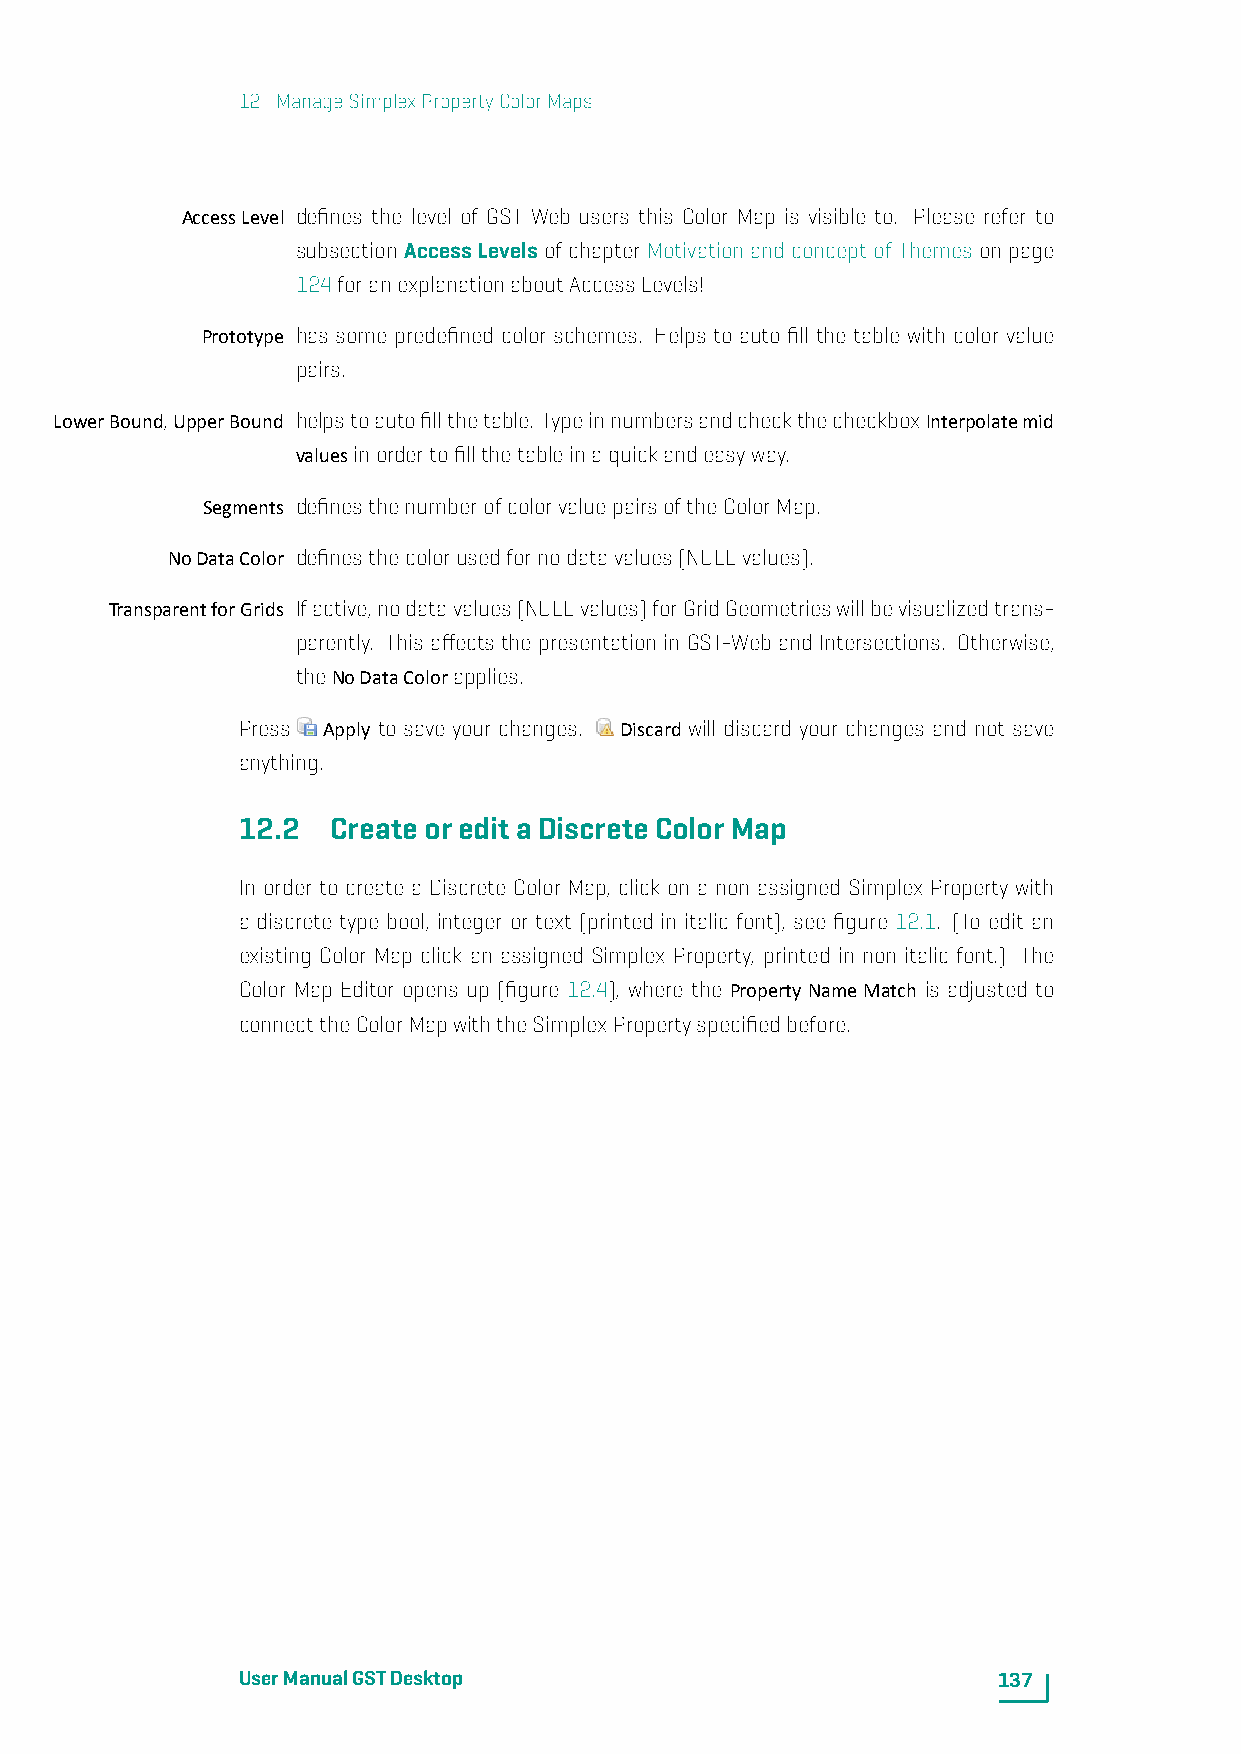
12. ManageSimplexPropertyColorMaps
 AccessLevel defines the level of GST Web users this Color Map is visible to. Please refer to
 subsection AccessLevels of chapter Motivation and concept of Themes on page
 124foranexplanationaboutAccessLevels!
 Prototype has some predefined color schemes. Helps to auto fill the table with color value
 pairs.
 LowerBound,UpperBound helpstoautofillthetable. TypeinnumbersandcheckthecheckboxInterpolatemid
 valuesinordertofillthetableinaquickandeasyway.
 Segments definesthenumberofcolorvaluepairsoftheColorMap.
 NoDataColor definesthecolorusedfornodatavalues(NULLvalues).
 TransparentforGrids Ifactive,nodatavalues(NULLvalues)forGridGeometrieswillbevisualizedtrans-
 parently. This affects the presentation in GST-Web and Intersections. Otherwise,
 theNoDataColorapplies.
 Press Apply to save your changes. Discard will discard your changes and not save
 anything.
 12.2  CreateoreditaDiscreteColorMap
 In order to create a Discrete Color Map, click on a non assigned Simplex Property with
 a discrete type bool, integer or text (printed in italic font), see figure 12.1. (To edit an
 existing Color Map click an assigned Simplex Property, printed in non italic font.) The
 Color Map Editor opens up (figure 12.4), where the Property Name Match is adjusted to
 connecttheColorMapwiththeSimplexPropertyspecifiedbefore.
 UserManualGSTDesktop                              137